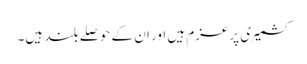
کشمیری پرعزم ہیں اور ان کے حوصلے بلند ہیں۔